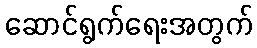
ဆောင်ရွက်ရေးအတွက်